Punjab Mental Hospital Lahore 1932-46 - 1932-1946
Year: 1932
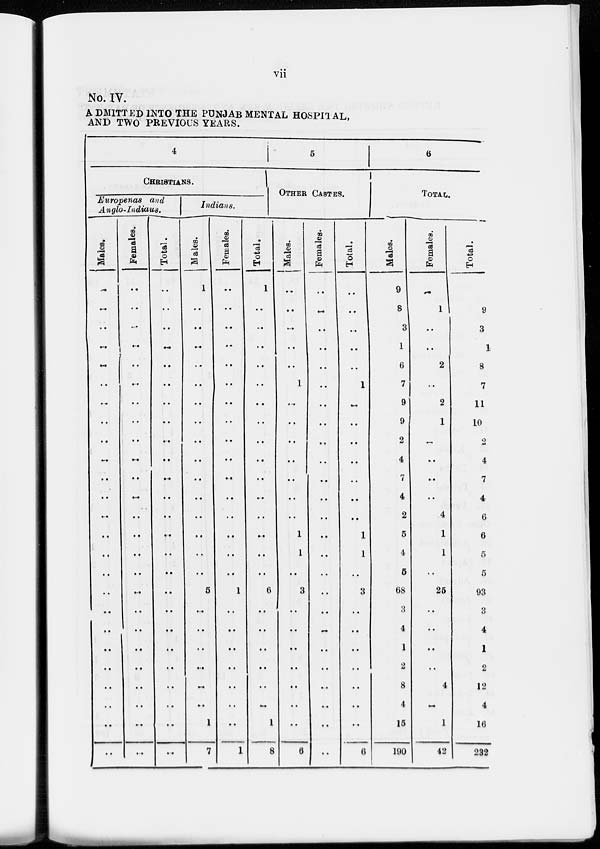
vii
No. IV.
ADMITTED INTO THE PUNJAB MENTAL HOSPITAL,
AND TWO PREVIOUS YEARS.
4
CHRISTIANS.
Europenas
and
Anglo-Indians.
Males.
..
..
..
..
..
..
..
..
..
..
..
..
..
..
..
..
..
..
..
..
..
..
..
..
..
Females.
..
..
..
..
..
..
..
..
..
..
..
..
..
..
..
..
..
..
..
..
..
..
..
..
..
Total.
..
..
..
..
..
..
..
..
..
..
..
..
..
..
..
..
..
..
..
..
..
..
..
..
..
Indians.
Males.
1
..
..
..
..
..
..
..
..
..
..
..
..
..
..
..
5
..
..
..
..
..
..
1
7
Females.
..
..
..
..
..
..
..
..
..
..
..
..
..
..
..
..
1
..
..
..
..
..
..
..
1
Total.
1
..
..
..
..
..
..
..
..
..
..
..
..
..
..
..
6
..
..
..
..
..
..
1
8
5
OTHER CASTES.
Males.
..
..
..
..
..
1
..
..
..
..
..
..
..
1
1
..
3
..
..
..
..
..
..
..
6
Females.
..
..
..
..
..
..
..
..
..
..
..
..
..
..
..
..
..
..
..
..
..
..
..
..
..
Total.
..
..
..
..
..
1
..
..
..
..
..
..
..
1
1
..
3
..
..
..
..
..
..
..
6
6
TOTAL.
Males.
9
8
3
1
6
7
9
9
2
4
7
4
2
5
4
5
68
3
4
1
2
8
4
15
190
Females.
..
1
..
..
2
..
2
1
..
..
..
..
4
1
1
..
25
..
..
..
..
4
..
1
42
Total.
9
9
3
1
8
7
11
10
2
4
7
4
6
6
5
5
93
3
4
1
2
12
4
16
232